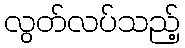
လွတ်လပ်သည့်